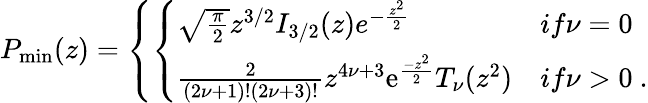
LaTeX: P_{\mathrm{min}}(z)=\left\{ \left\{ \begin{array}{ll}{{\sqrt{\frac{\pi}{2}}z^{3/2}I_{3/2}(z)e^{-{\frac{z^{2}}{2}}}}}&{{if\nu=0}}\\ {{{\frac{2}{(2\nu+1)!(2\nu+3)!}}z^{4\nu+3}\mathrm{e}^{\frac{-z^{2}}{2}}T_{\nu}(z^{2})}}&{{if\nu>0~.}}\end{array}\right.\right.